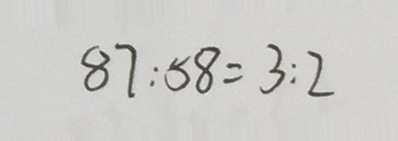
8 7 : 5 8 = 3 : 2